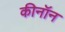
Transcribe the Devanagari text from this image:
कीनॉन